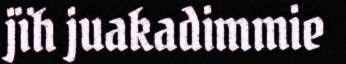
jïh juakadimmie